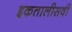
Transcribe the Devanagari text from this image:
इकतालीसवीं